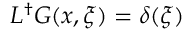
{ \cal L } ^ { \dag } G ( x , \xi ) = \delta ( \xi )